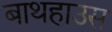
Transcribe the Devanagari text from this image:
बाथहाउस